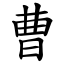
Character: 曹